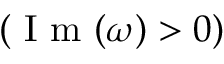
( \mathrm { ~ I ~ m ~ } ( \omega ) > 0 )